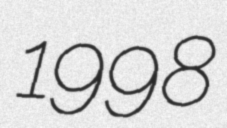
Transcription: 1998